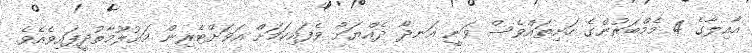
އާއިލާގެ 4 މެމްބަރުންގެ ހަށިތައްވެސް ވަނީ އަނދާ ދެއްޔަށް ވެފައިކަމަށް އަވަށްޓެރިން މަޢުލޫމާތުދީފައިވެއެވެ.